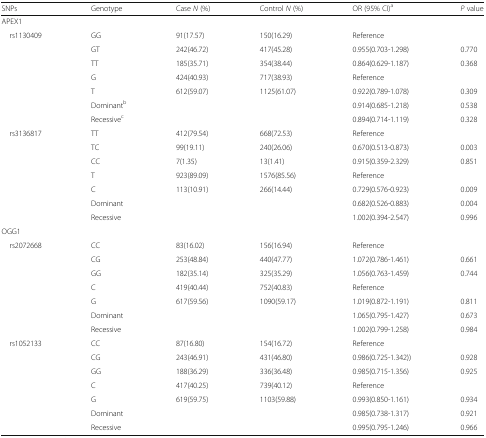
<table><thead><tr><td><b>SNPs</b></td><td><b>Genotype</b></td><td><b>Case <i>N</i> (%)</b></td><td><b>Control <i>N</i> (%)</b></td><td><b>OR (95% CI)<sup>a</sup></b></td><td><b><i>P</i> value</b></td></tr></thead><tbody><tr><td colspan="6">APEX1</td></tr><tr><td rowspan="7"> rs1130409</td><td>GG</td><td>91(17.57)</td><td>150(16.29)</td><td>Reference</td><td>[EMPTY_CELL]</td></tr><tr><td>GT</td><td>242(46.72)</td><td>417(45.28)</td><td>0.955(0.703-1.298)</td><td>0.770</td></tr><tr><td>TT</td><td>185(35.71)</td><td>354(38.44)</td><td>0.864(0.629-1.187)</td><td>0.368</td></tr><tr><td>G</td><td>424(40.93)</td><td>717(38.93)</td><td>Reference</td><td>[EMPTY_CELL]</td></tr><tr><td>T</td><td>612(59.07)</td><td>1125(61.07)</td><td>0.922(0.789-1.078)</td><td>0.309</td></tr><tr><td>Dominant<sup>b</sup></td><td>[EMPTY_CELL]</td><td>[EMPTY_CELL]</td><td>0.914(0.685-1.218)</td><td>0.538</td></tr><tr><td>Recessive<sup>c</sup></td><td>[EMPTY_CELL]</td><td>[EMPTY_CELL]</td><td>0.894(0.714-1.119)</td><td>0.328</td></tr><tr><td rowspan="7"> rs3136817</td><td>TT</td><td>412(79.54)</td><td>668(72.53)</td><td>Reference</td><td>[EMPTY_CELL]</td></tr><tr><td>TC</td><td>99(19.11)</td><td>240(26.06)</td><td>0.670(0.513-0.873)</td><td>0.003</td></tr><tr><td>CC</td><td>7(1.35)</td><td>13(1.41)</td><td>0.915(0.359-2.329)</td><td>0.851</td></tr><tr><td>T</td><td>923(89.09)</td><td>1576(85.56)</td><td>Reference</td><td>[EMPTY_CELL]</td></tr><tr><td>C</td><td>113(10.91)</td><td>266(14.44)</td><td>0.729(0.576-0.923)</td><td>0.009</td></tr><tr><td>Dominant</td><td>[EMPTY_CELL]</td><td>[EMPTY_CELL]</td><td>0.682(0.526-0.883)</td><td>0.004</td></tr><tr><td>Recessive</td><td>[EMPTY_CELL]</td><td>[EMPTY_CELL]</td><td>1.002(0.394-2.547)</td><td>0.996</td></tr><tr><td colspan="6">OGG1</td></tr><tr><td rowspan="7"> rs2072668</td><td>CC</td><td>83(16.02)</td><td>156(16.94)</td><td>Reference</td><td>[EMPTY_CELL]</td></tr><tr><td>CG</td><td>253(48.84)</td><td>440(47.77)</td><td>1.072(0.786-1.461)</td><td>0.661</td></tr><tr><td>GG</td><td>182(35.14)</td><td>325(35.29)</td><td>1.056(0.763-1.459)</td><td>0.744</td></tr><tr><td>C</td><td>419(40.44)</td><td>752(40.83)</td><td>Reference</td><td>[EMPTY_CELL]</td></tr><tr><td>G</td><td>617(59.56)</td><td>1090(59.17)</td><td>1.019(0.872-1.191)</td><td>0.811</td></tr><tr><td>Dominant</td><td>[EMPTY_CELL]</td><td>[EMPTY_CELL]</td><td>1.065(0.795-1.427)</td><td>0.673</td></tr><tr><td>Recessive</td><td>[EMPTY_CELL]</td><td>[EMPTY_CELL]</td><td>1.002(0.799-1.258)</td><td>0.984</td></tr><tr><td rowspan="7"> rs1052133</td><td>CC</td><td>87(16.80)</td><td>154(16.72)</td><td>Reference</td><td>[EMPTY_CELL]</td></tr><tr><td>CG</td><td>243(46.91)</td><td>431(46.80)</td><td>0.986(0.725-1.342))</td><td>0.928</td></tr><tr><td>GG</td><td>188(36.29)</td><td>336(36.48)</td><td>0.985(0.715-1.356)</td><td>0.925</td></tr><tr><td>C</td><td>417(40.25)</td><td>739(40.12)</td><td>Reference</td><td>[EMPTY_CELL]</td></tr><tr><td>G</td><td>619(59.75)</td><td>1103(59.88)</td><td>0.993(0.850-1.161)</td><td>0.934</td></tr><tr><td>Dominant</td><td>[EMPTY_CELL]</td><td>[EMPTY_CELL]</td><td>0.985(0.738-1.317)</td><td>0.921</td></tr><tr><td>Recessive</td><td>[EMPTY_CELL]</td><td>[EMPTY_CELL]</td><td>0.995(0.795-1.246)</td><td>0.966</td></tr></tbody></table>